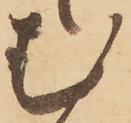
む